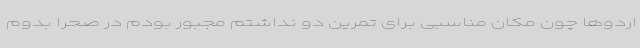
اردوها چون مکان مناسبی برای تمرین دو نداشتم مجبور بودم در صحرا بدوم